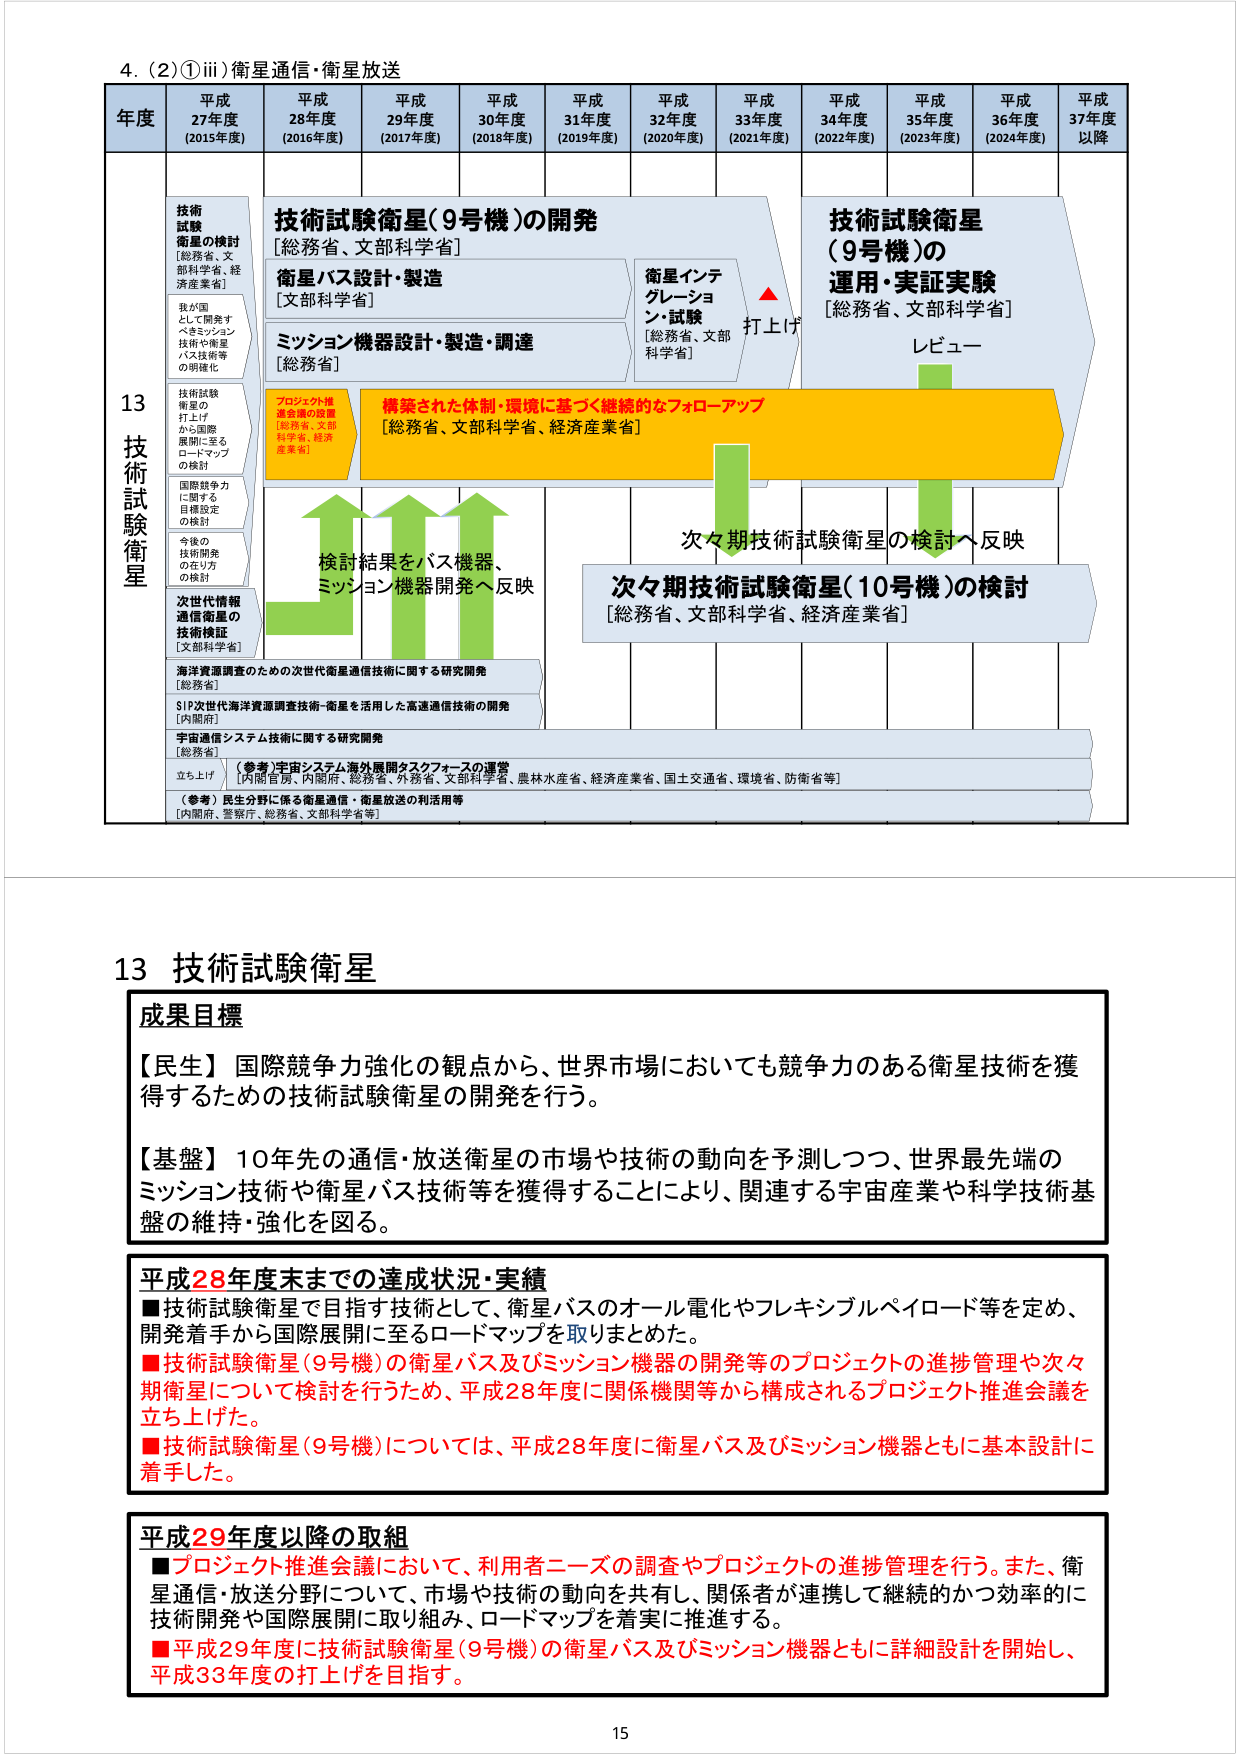
4. (2)①iii) 衛星通信・衛星放送

年度 平成27年度 (2015年度) 平成28年度 (2016年度) 平成29年度 (2017年度) 平成30年度 (2018年度) 平成31年度 (2019年度) 平成32年度 (2020年度) 平成33年度 (2021年度) 平成34年度 (2022年度) 平成35年度 (2023年度) 平成36年度 (2024年度) 平成37年度 以降

技術試験衛星の検討 [総務省、文部科学省、経済産業省]
我が国として開発すべきミッション技術や衛星バス技術等の明確化
技術試験衛星の打上げから国際展開に至るロードマップの検討
国際競争力に関する目標設定の検討
今後の技術開発の在り方の検討
次世代情報通信衛星の技術検証 [文部科学省]
海洋資源調査のための次世代衛星通信技術に関する研究開発 [総務省]
SIP次世代海洋資源調査技術-衛星を活用した高速通信技術の開発 [内閣府]
宇宙通信システム技術に関する研究開発 [総務省]
立ち上げ (参考)宇宙システム海外展開タスクフォースの運営 [内閣官房、内閣府、総務省、外務省、文部科学省、農林水産省、経済産業省、国土交通省、環境省、防衛省等]
(参考) 民生分野に係る衛星通信・衛星放送の利活用等 [内閣府、警察庁、総務省、文部科学省等]

技術試験衛星(9号機)の開発 [総務省、文部科学省]
衛星バス設計・製造 [文部科学省]
ミッション機器設計・製造・調達 [総務省]
衛星インテグレーション・試験 [総務省、文部科学省]
打上げ
技術試験衛星(9号機)の運用・実証実験 [総務省、文部科学省]
レビュー
構築された体制・環境に基づく継続的なフォローアップ [総務省、文部科学省、経済産業省]
検討結果をバス機器、ミッション機器開発へ反映
次々期技術試験衛星の検討へ反映
次々期技術試験衛星(10号機)の検討 [総務省、文部科学省、経済産業省]

13 技術試験衛星

成果目標
【民生】 国際競争力強化の観点から、世界市場においても競争力のある衛星技術を獲得するための技術試験衛星の開発を行う。
【基盤】 10年先の通信・放送衛星の市場や技術の動向を予測しつつ、世界最先端のミッション技術や衛星バス技術等を獲得することにより、関連する宇宙産業や科学技術基盤の維持・強化を図る。

平成28年度末までの達成状況・実績
■技術試験衛星を目指す技術として、衛星バスのオール電化やフレキシブルペイロード等を定め、開発着手から国際展開に至るロードマップを取りまとめた。
■技術試験衛星(9号機)の衛星バス及びミッション機器の開発等のプロジェクトの進捗管理や次々期衛星について検討を行うため、平成28年度に関係機関等から構成されるプロジェクト推進会議を立ち上げた。
■技術試験衛星(9号機)については、平成28年度に衛星バス及びミッション機器とともに基本設計に着手した。

平成29年度以降の取組
■プロジェクト推進会議において、利用者ニーズの調査やプロジェクトの進捗管理を行う。また、衛星通信・放送分野について、市場や技術の動向を共有し、関係者が連携して継続的かつ効率的に技術開発や国際展開に取り組み、ロードマップを着実に推進する。
■平成29年度に技術試験衛星(9号機)の衛星バス及びミッション機器とともに詳細設計を開始し、平成33年度の打上げを目指す。

15